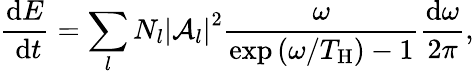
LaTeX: \frac{\mathrm{d}E}{\mathrm{~d}t}=\sum_{l}N_{l}\left|\mathcal{A}_{l}\right|^{2}\frac{\omega}{\exp\left(\omega/T_{\mathrm{H}}\right)-1}\frac{\mathrm{d}\omega}{2\pi},